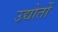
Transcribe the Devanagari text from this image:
उद्योतों